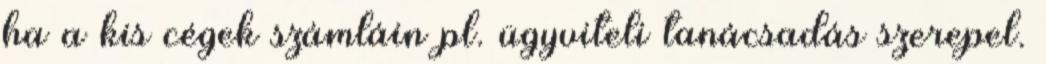
ha a kis cégek számláin pl. ügyviteli tanácsadás szerepel.